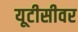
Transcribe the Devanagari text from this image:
यूटीसीवर